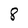
Character: 8